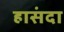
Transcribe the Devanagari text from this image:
हासंदा